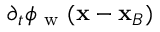
\partial _ { t } \phi _ { \mathrm { ~ w ~ } } ( \mathbf { x } - \mathbf { x } _ { B } )